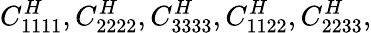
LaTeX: C_{1111}^{H},C_{2222}^{H},C_{3333}^{H},C_{1122}^{H},C_{2233}^{H},